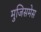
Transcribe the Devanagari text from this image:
मुजिसमेस